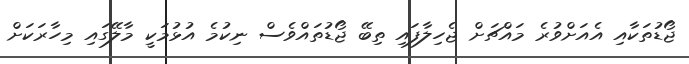
ޖޯޑުތަކާއި އެއަށްވުރެ މައްޗަށް ޖެހިލާފައި ތިބޭ ޖޯޑުތައްވެސް ނިކުމެ އުޅުމަކީ މާލޭގައި މިހާރަކަށް